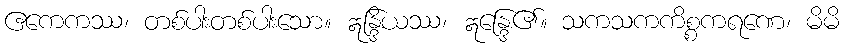
ဧကေကဿ၊ တစ်ပါးတစ်ပါးသော။ ဣန္ဒြိယဿ၊ ဣန္ဒြေ၏။ သကသကကိစ္စကရဏေ၊ မိမိ